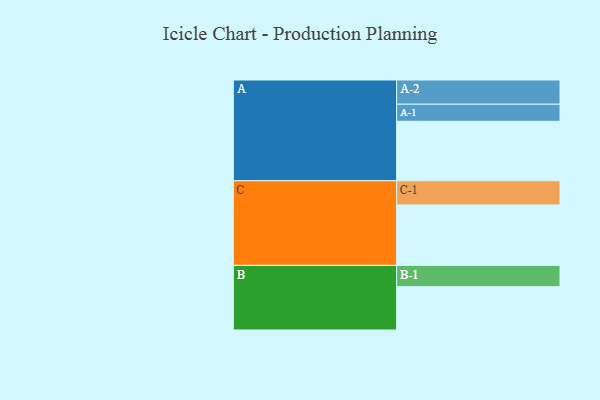
{"axis": {"x": "Segment", "y": "Value"}, "legend": ["", "A", "B", "C"], "data": [{"x": "A", "y": 548, "type": ""}, {"x": "B", "y": 399, "type": ""}, {"x": "C", "y": 557, "type": ""}, {"x": "A-1", "y": 157, "type": "A"}, {"x": "A-2", "y": 223, "type": "A"}, {"x": "B-1", "y": 196, "type": "B"}, {"x": "C-1", "y": 222, "type": "C"}]}